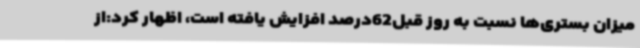
میزان بستری‌ها نسبت به روز قبل62درصد افزایش یافته است، اظهار کرد:از